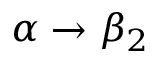
\alpha \rightarrow \beta _ { 2 }